Vaccination United Provinces of Agra and Oudh 1902-1913 - 1902-1913
Year: 1902
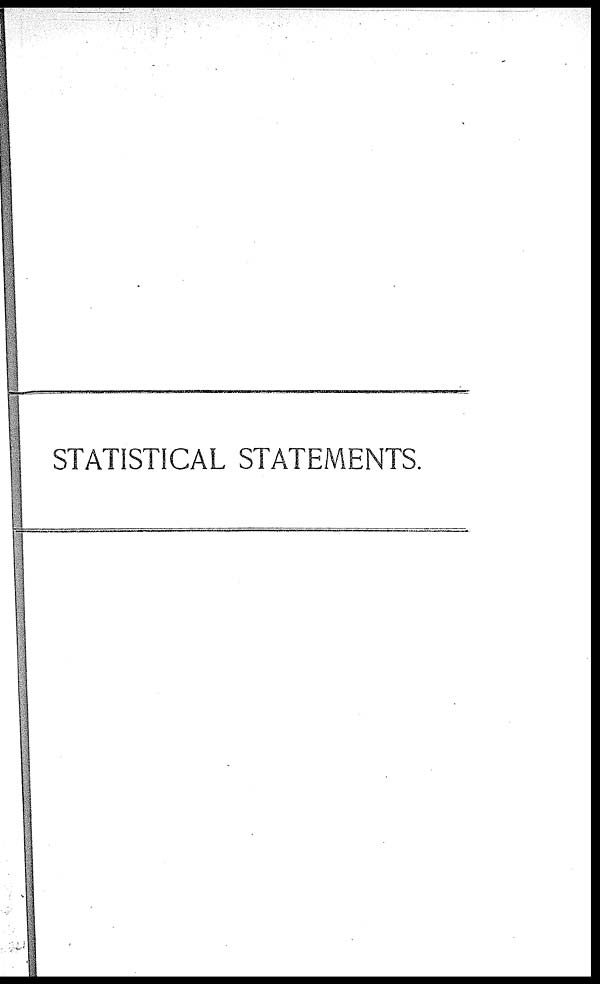
STATISTICAL STATEMENTS.